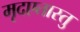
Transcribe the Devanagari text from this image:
मृदएतास्तु